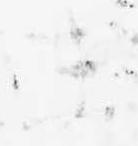
未